Vaccination in Burma 1912-1922 - 1912-1922
Year: 1912
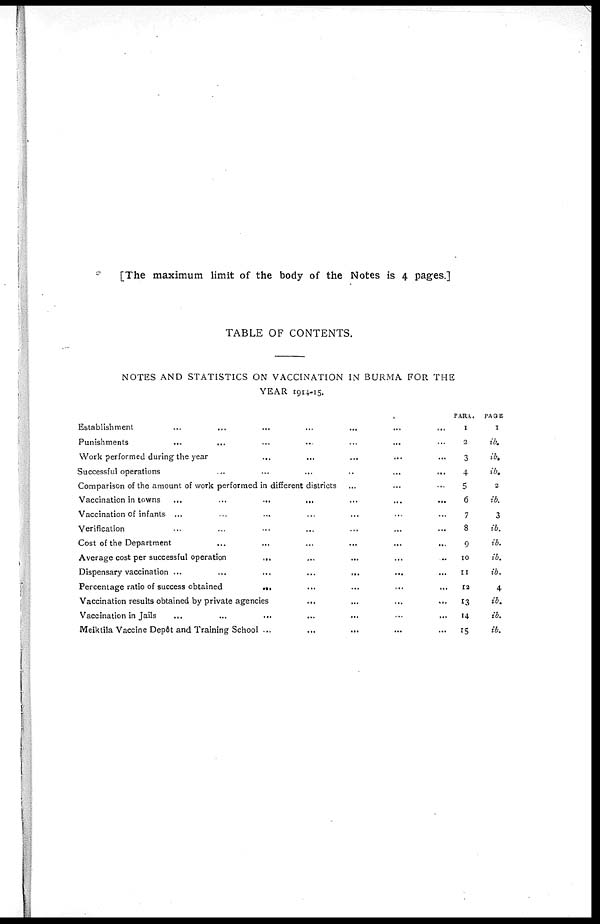
[The maximum limit of the body of the Notes is 4 pages.]
TABLE OF CONTENTS.
NOTES AND STATISTICS ON VACCINATION IN BURMA FOR THE
YEAR 1914-15
Establishment...
...
...
...
Punishments... ... ... ... ... ...
Work performed during the year... ... ... ... ...
Successful
operations...
...
...
...
...
Comparison of the amount of work performed in different districts... ...
Vaccination in towns
...
...
...
...
...
...
Vaccination of infants ... ... ... ......
Verification... ... ... ...
Cost of the
Department...
...
...
...
...
Average cost per successful operation... ... ... ... ...
Dispensary vaccination
...
...
...
...
...
...
Percentage ratio of success obtained ... ... ... ... ...
Vaccination results obtained by private agencies
...
...
...
...
...
Vaccination in Jails... ... ... ... ...
Meiktila Vaccine Depôt and Training School ...
...
...
...
...
PARA.
1
2
3
4
5
6
7
8
9
10
11
12
13
14
15
PAGE
1
ib.
ib.
ib.
2
ib.
3
ib.
ib.
ib.
ib.
4
ib.
ib.
ib.